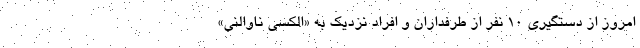
امروز از دستگیری ۱۰ نفر از طرفداران و افراد نزدیک به «الکسی ناوالنی»